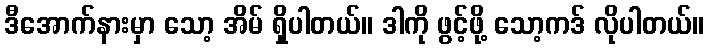
ဒီအောက်နားမှာ သော့ အိမ် ရှိပါတယ်။ ဒါကို ဖွင့်ဖို့ သော့ကဒ် လိုပါတယ်။